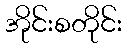
အိုင်းစတိုင်း